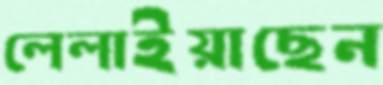
লেলাইয়াছেন